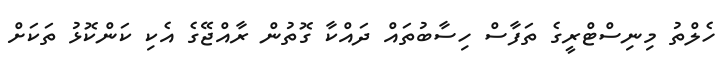
ހެލްތު މިނިސްޓްރީގެ ތަފާސް ހިސާބުތައް ދައްކާ ގޮތުން ރާއްޖޭގެ އެކި ކަންކޮޅު ތަކަށް